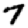
Digit: 7